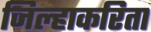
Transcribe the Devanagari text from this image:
जिल्हाकरिता